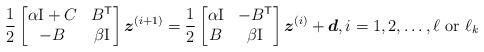
LaTeX: \begin{align*}\frac{1}{2}\begin{bmatrix}\alpha \mathrm{I} + C & B^\mathsf{T} \\- B & \beta \mathrm{I}\end{bmatrix}\boldsymbol{z}^{(i+1)}= \frac{1}{2}\begin{bmatrix}\alpha \mathrm{I} & - B^\mathsf{T} \\B & \beta \mathrm{I}\end{bmatrix}\boldsymbol{z}^{(i)}+ \boldsymbol{d},i = 1, 2, \dots, \ell ~ \mbox{or} ~ \ell_k\end{align*}